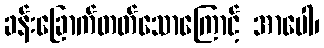
ခန်းခြောက်တတ်သောကြောင့် အာပေါ၊